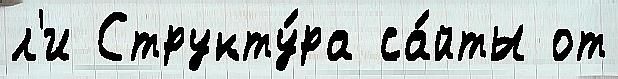
л'и Структу́ра са́йты от